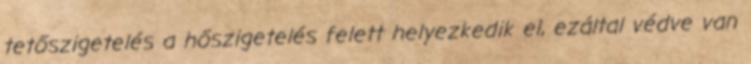
tetőszigetelés a hőszigetelés felett helyezkedik el, ezáltal védve van